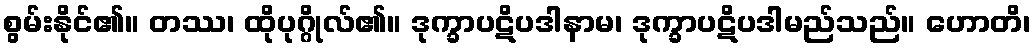
စွမ်းနိုင်၏။ တဿ၊ ထိုပုဂ္ဂိုလ်၏။ ဒုက္ခာပဋိပဒါနာမ၊ ဒုက္ခာပဋိပဒါမည်သည်။ ဟောတိ၊